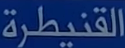
القنيطرة